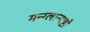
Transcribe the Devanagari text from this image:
मन्ग्लान्यष्टो